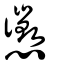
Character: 懲